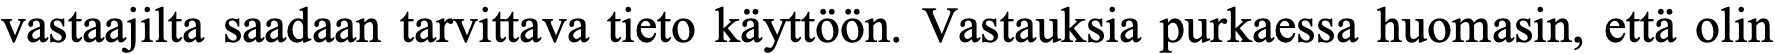
vastaajilta saadaan tarvittava tieto käyttöön. Vastauksia purkaessa huomasin, että olin